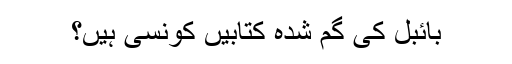
بائبل کی گم شُدہ کتابیں کونسی ہیں؟